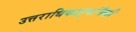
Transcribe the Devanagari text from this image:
उत्तराधिकाऱ्यांपैकी